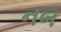
નબ